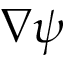
\nabla \psi